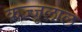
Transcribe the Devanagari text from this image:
कज्‍जूलाल